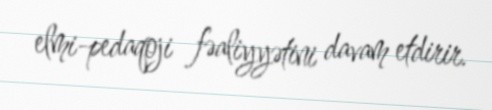
elmi-pedaqoji fəaliyyətini davam etdirir.